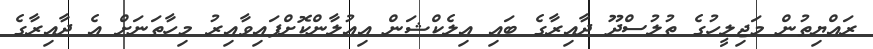
ރައްޔިތުން މަޖިލީހުގެ ތުލުސްދޫ ދާއިރާގެ ބައި އިލެކްޝަން އިއުލާންކޮށްފައިވާއިރު މިހާތަނަށް އެ ދާއިރާގެ